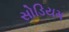
સોડિયમ